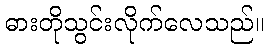
ဓားတိုသွင်းလိုက်လေသည်။